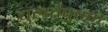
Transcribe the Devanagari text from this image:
चुलतेपुतणे